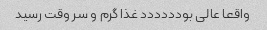
واقعا عالی بودددددد غذا گرم و سر وقت رسید